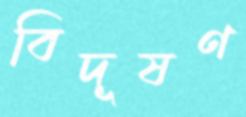
বিদূষণ